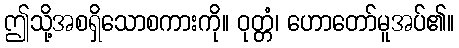
ဤသို့အစရှိသောစကားကို။ ဝုတ္တံ၊ ဟောတော်မူအပ်၏။